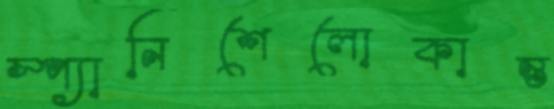
স্প্যানিশেলোকান্ত